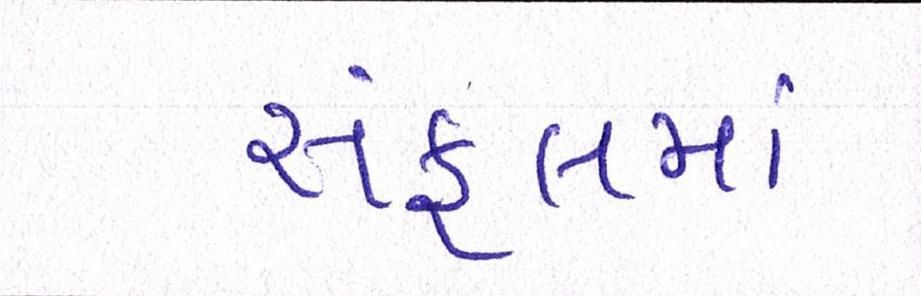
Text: સંકુલમાં